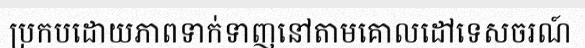
ប្រកបដោយភាពទាក់ទាញនៅតាមគោលដៅទេសចរណ៍